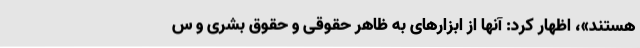
هستند»، اظهار کرد: آنها از ابزارهای به ظاهر حقوقی و حقوق بشری و س